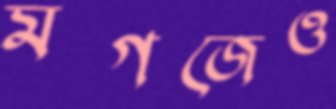
মগজেও